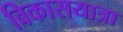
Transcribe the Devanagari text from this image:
विकासयात्रा